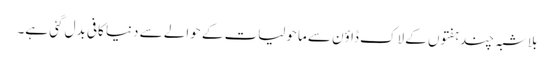
بلاشبہ چند ہفتوں کے لاک ڈاؤن سے ماحولیات کے حوالے سے دنیا کافی بدل گئی ہے۔